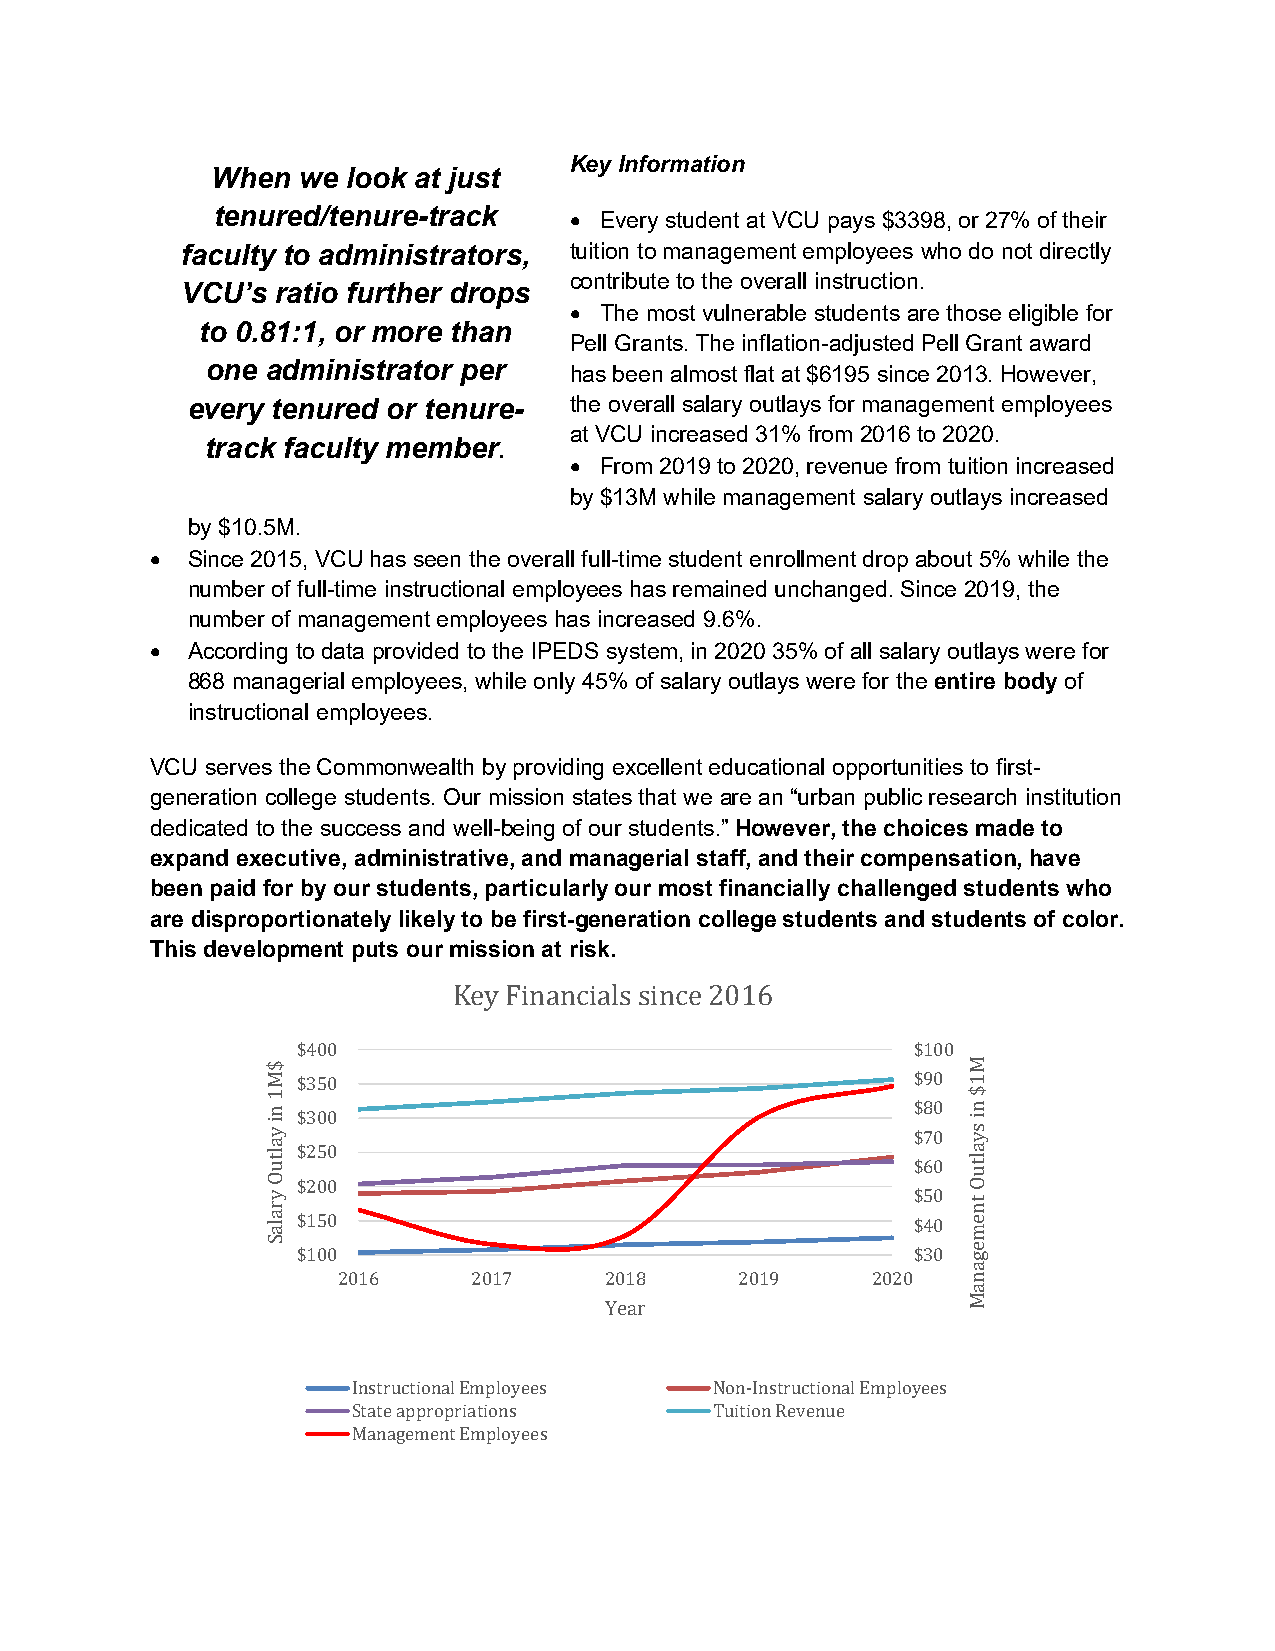
Key Information
 When  we look at just
 tenured/tenure-track    • Every student at VCU pays $3398, or 27% of their
 faculty to administrators, tuition to management employees who do not directly
 contribute to the overall instruction.
 VCU’s ratio further drops
 • The most vulnerable students are those eligible for
 to 0.81:1, or more than
 Pell Grants. The inflation-adjusted Pell Grant award
 one administrator per   has been almost flat at $6195 since 2013. However,
 every tenured or tenure-  the overall salary outlays for management employees
 at VCU increased 31% from 2016 to 2020.
 track faculty member.
 • From 2019 to 2020, revenue from tuition increased
 by $13M while management salary outlays increased
 by $10.5M.
 • Since 2015, VCU has seen the overall full-time student enrollment drop about 5% while the
 number of full-time instructional employees has remained unchanged. Since 2019, the
 number of management employees has increased 9.6%.
 • According to data provided to the IPEDS system, in 2020 35% of all salary outlays were for
 868 managerial employees, while only 45% of salary outlays were for the entire body of
 instructional employees.
 VCU serves the Commonwealth by providing excellent educational opportunities to first-
 generation college students. Our mission states that we are an “urban public research institution
 dedicated to the success and well-being of our students.” However, the choices made to
 expand executive, administrative, and managerial staff, and their compensation, have
 been paid for by our students, particularly our most financially challenged students who
 are disproportionately likely to be first-generation college students and students of color.
 This development puts our mission at risk.
 Key Financials since 2016
 $400                                    $100
 $350                                    $90
 $80
 $300
 $70
 $250                                    $60
 $200
 $50
 $150                                    $40
 $100                                    $30
 2016     2017     2018     2019     2020
 Year
 Instructional Employees Non-Instructional Employees
 State appropriations    Tuition Revenue
 Management Employees
 $M1
 ni
 yaltuO
 yralaS
 M1$
 ni
 syaltuO
 tnemeganaM